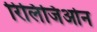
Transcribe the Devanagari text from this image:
रिलिजिओन